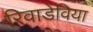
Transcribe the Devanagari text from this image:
रिवाडेविया